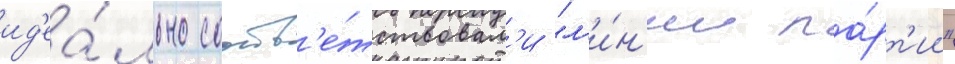
ид'еа́льно соотв'е́тствовал'и "л'и́н'ии па́рт'ии"